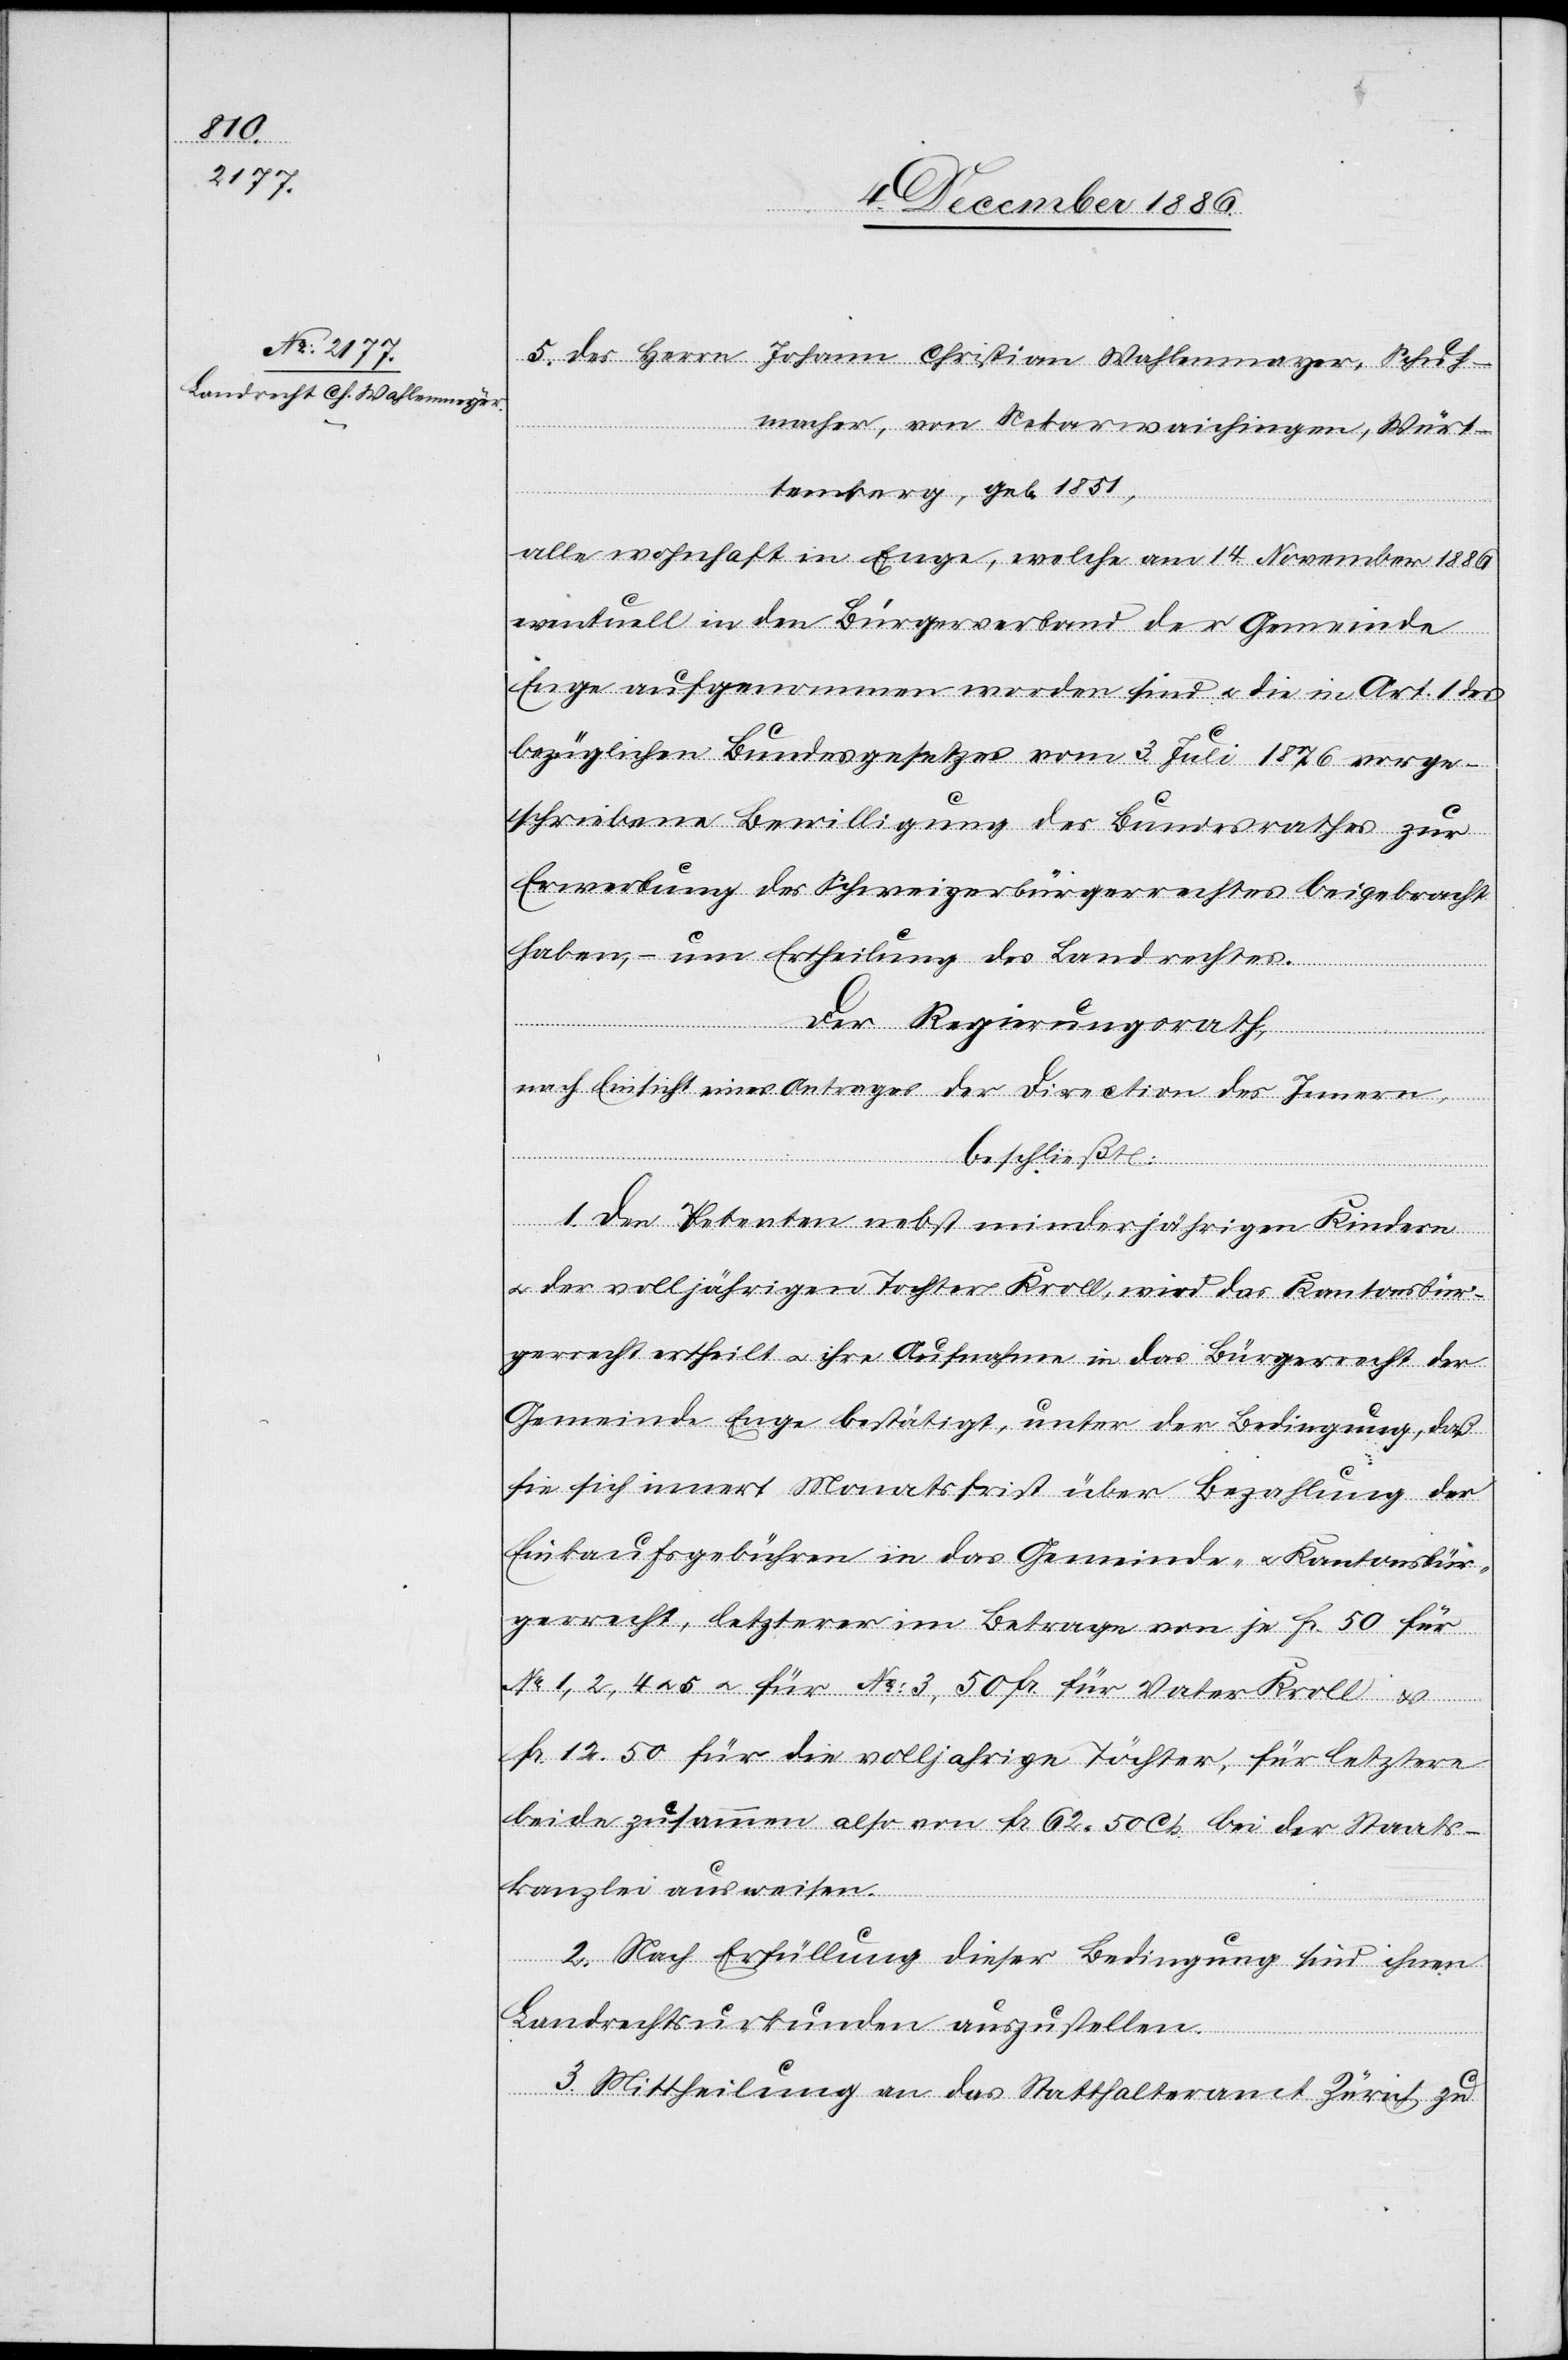
2.254

5. des Herrn Johann Christian Wahlenmayer [sic!], Schuh¬
macher, von Nekarwaichingen [s¬
temberg, geb. 1851,
alle wohnhaft in Enge, welche am 14. November 1886
eventuell in den Bürgerverband der Gemeinde
Enge aufgenommen worden sind & die in Art. 1 des
bezüglichen Bundesgesetzes vom 3. Juli 1876 vorge¬
schriebene Bewilligung des Bundesrathes zur
Erwerbung des Schweizerbürgerrechtes beigebracht
haben, – um Ertheilung des Landrechtes.
ic!],
Der Regierungsrath,
Würt¬
nach Einsicht eines Antrages der Direction des Innern,
beschließt:
1. Den Petenten nebst minderjährigen Kindern
& der volljährigen Tochter Kroll, wird das Kantonsbür¬
gerrecht ertheilt & ihre Aufnahme in das Bürgerrecht der
Gemeinde Enge bestätigt, unter der Bedingung, daß
sie sich innert Monatsfrist über Bezahlung der
Einkaufsgebühren in das Gemeinde- & Kantonsbür¬
gerrecht, letzterer im Betrage von je Fr. 50 für
No 1, 2, 4 & 5 & für No: 3, 50 Fr. für Vater Kroll &
Fr. 12.50 für die volljahrige [sic!] Töchter, für letztere
beide zusammen also von Fr. 62 50 Cts. bei der Staats¬
kanzlei ausweisen.
2. Nach Erfüllung dieser Bedingung sind ihnen
Landrechtsurkunden auszustellen.
3. Mittheilung an das Statthalteramt Zürich zu